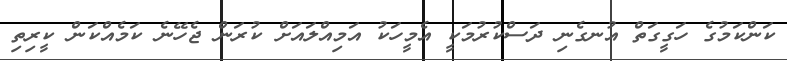
ކަންކަމުގެ ހަގީގަތް އުނގެނި ދަސްކުރުމަކީ އެމީހަކު އަމިއްލައަށް ކުރަން ޖެހޭނެ ކަމެއްކަން ކީރިތި